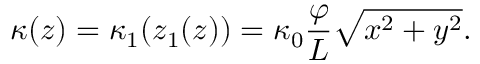
\kappa ( z ) = \kappa _ { 1 } ( z _ { 1 } ( z ) ) = \kappa _ { 0 } \frac { \varphi } { L } \sqrt { x ^ { 2 } + y ^ { 2 } } .